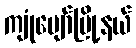
ကျုံပျော်မြို့နယ်